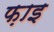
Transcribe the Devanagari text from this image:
फ़ाइ